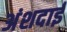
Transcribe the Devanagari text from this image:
अंशदाई